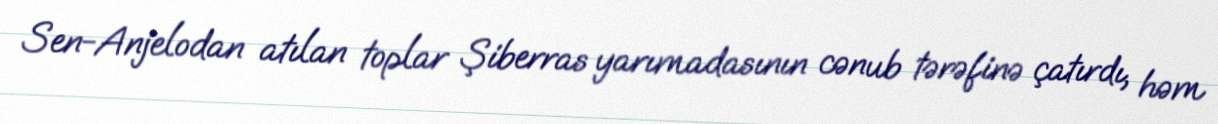
Sen-Anjelodan atılan toplar Şiberras yarımadasının cənub tərəfinə çatırdı, həm